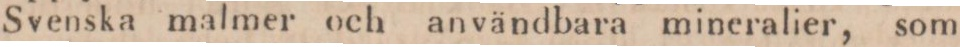
Svenska malmer och användbara mineralier, som